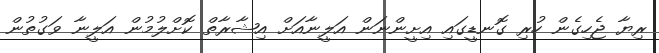
ރިޔާ ޖެހިގެން ހުރި ގޮނޑީގައި އިށީންނަން އަލީނާއަށް އިޝާރާތް ކޮށްލުމުން އަލީނާ ވަގުތުން